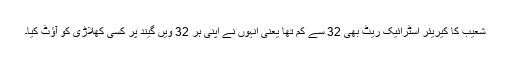
شعیب کا کیریئر اسٹرائیک ریٹ بھی 32 سے کم تھا یعنی انہوں نے اپنی ہر 32 ویں گیند پر کسی کھلاڑی کو آؤٹ کیا۔